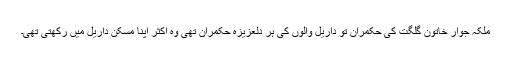
ملکہ جوار خاتون گلگت کی حکمران تو داریل والوں کی ہر دلعزیزہ حکمران تھی وہ اکثر اپنا مسکن داریل میں رکھتی تھی۔